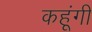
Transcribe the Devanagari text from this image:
कहूंगी